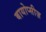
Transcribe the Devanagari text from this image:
बायोप्सीज़